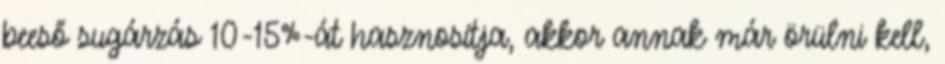
beeső sugárzás 10-15%-át hasznosítja, akkor annak már örülni kell,